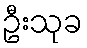
ဦးသုခ